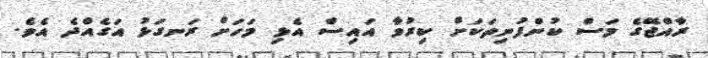
ރާއްޖޭގެ މަސް ކުންފުނިތަކަށް ކިރުވާ އައިސް އެޅި މަހަށް ރަނގަޅު އަގެއްދެ އެވެ.